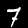
Digit: 7